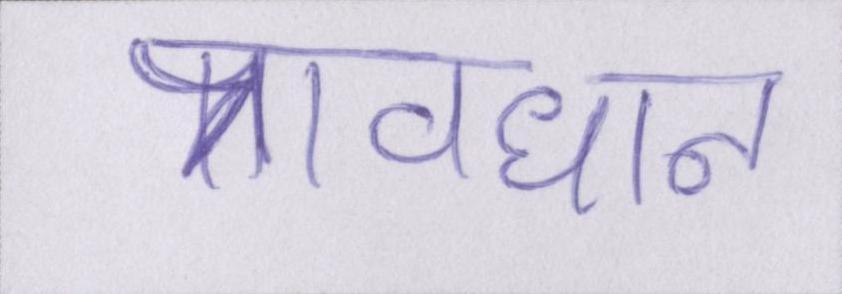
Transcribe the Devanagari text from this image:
प्रावधान